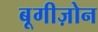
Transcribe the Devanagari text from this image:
बूगीज़ोन